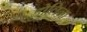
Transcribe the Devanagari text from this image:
डोलिना